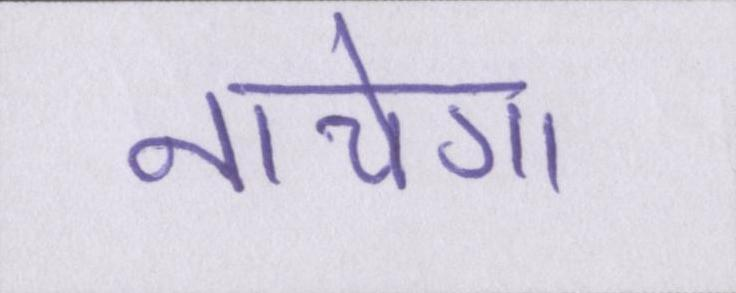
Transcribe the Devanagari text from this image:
नाचेगा